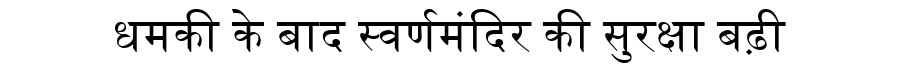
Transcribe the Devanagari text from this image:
धमकी के बाद स्वर्णमंदिर की सुरक्षा बढ़ी